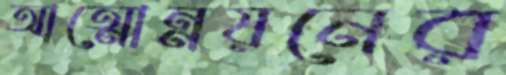
আত্মোন্নয়নের